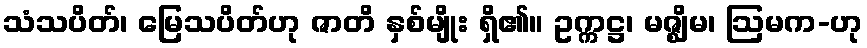
သံသပိတ်၊ မြေသပိတ်ဟု ဇာတိ နှစ်မျိုး ရှိ၏။ ဥက္ကဋ္ဌ၊ မဇ္ဈိမ၊ ဩမက-ဟု